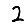
Digit: 2